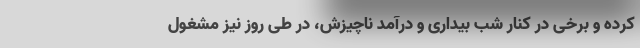
کرده و برخی در کنار شب بیداری و درآمد ناچیزش، در طی روز نیز مشغول